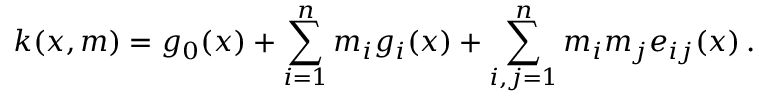
k ( x , m ) = g _ { 0 } ( x ) + \sum _ { i = 1 } ^ { n } m _ { i } g _ { i } ( x ) + \sum _ { i , j = 1 } ^ { n } m _ { i } m _ { j } e _ { i j } ( x ) \, .